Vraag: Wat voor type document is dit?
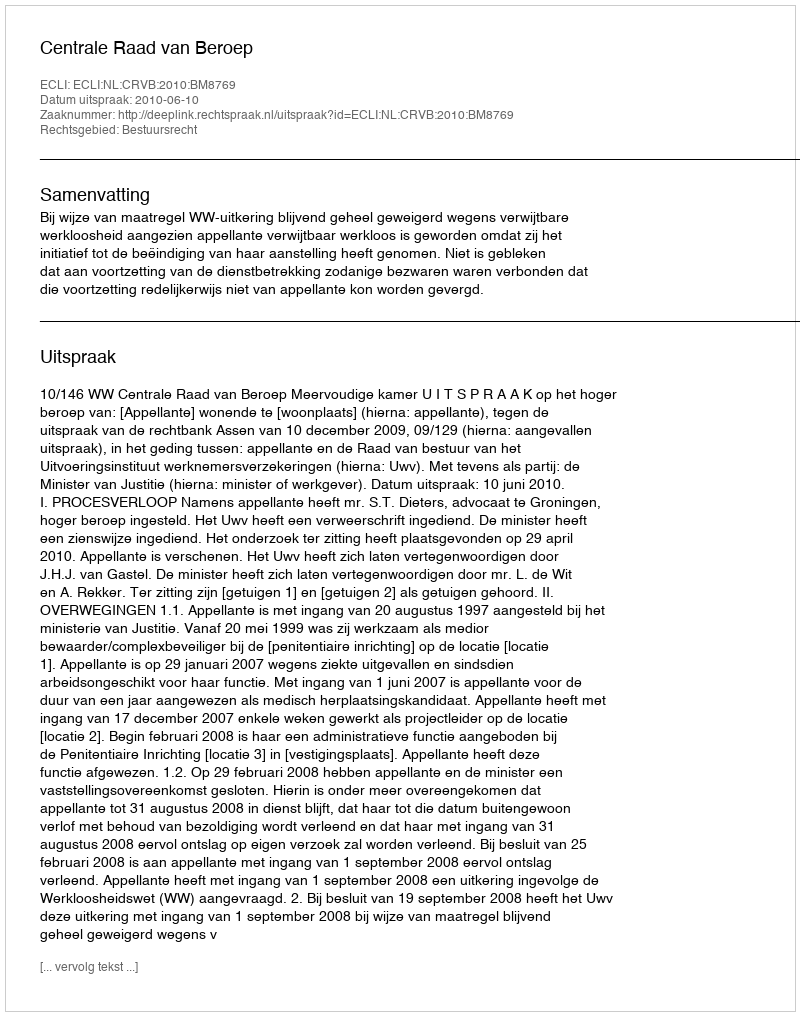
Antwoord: Uitspraak